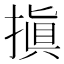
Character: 搷